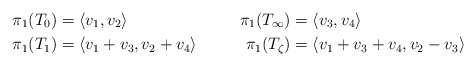
\begin{align*}\pi_1(T_0) &= \langle v_1, v_2 \rangle& \pi_1(T_\infty) &= \langle v_3, v_4 \rangle \\\pi_1(T_1) &= \langle v_1 + v_3, v_2 + v_4\rangle& \pi_1(T_\zeta) &= \langle v_1 + v_3 + v_4, v_2 - v_3 \rangle \\\end{align*}